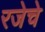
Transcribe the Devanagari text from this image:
रजेचे